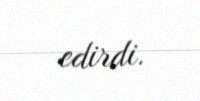
edirdi.